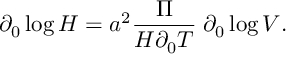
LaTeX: \partial _ { 0 } \log { \cal H } = a ^ { 2 } { \frac { \Pi } { { \cal H } \partial _ { 0 } T } } \; \partial _ { 0 } \log V .